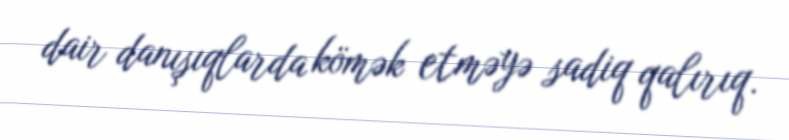
dair danışıqlarda kömək etməyə sadiq qalırıq.